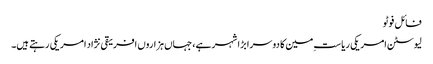
فائل فوٹو
لیوسٹن امریکی ریاستِ مین کا دوسرا بڑا شہر ہے، جہاں ہزاروں افریقی نژاد امریکی رہتے ہیں۔